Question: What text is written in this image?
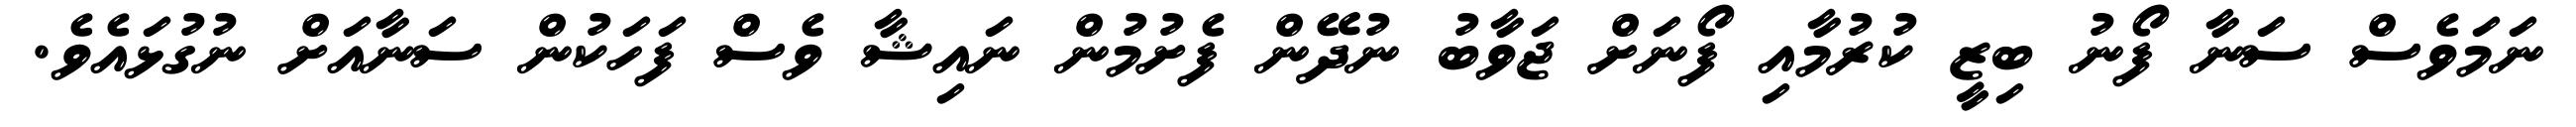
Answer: ނަމަވެސް ސަނާ ފޯނު ބިޒީ ކުރުމާއި ފޯނަށް ޖަވާބު ނުދޭން ފެށުމުން ނައިޝާ ވެސް ފަހަކުން ސަނާއަށް ނުގުޅައެވެ.